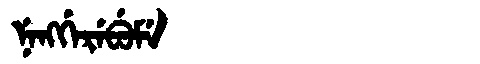
Manchu: ᠨᡝᠩᡤᡝᡵᡝᠪᡠᠮᡝ
Romanization: NENGGEREBUME